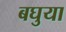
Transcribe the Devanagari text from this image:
बघुया